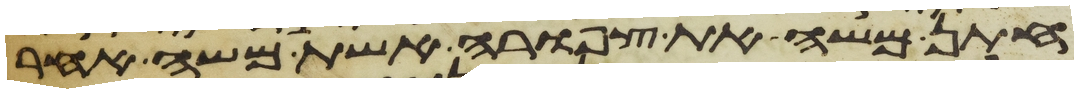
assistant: חתן משה את צפורה אשת משה אחר